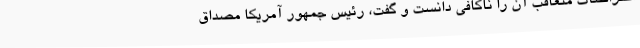
اعتراضات متعاقب آن را ناکافی دانست و گفت، رئیس جمهور آمریکا مصداق